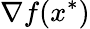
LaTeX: \nabla f(x^{*})